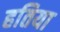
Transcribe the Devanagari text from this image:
हतिया